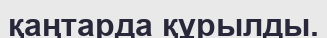
қаңтарда құрылды.